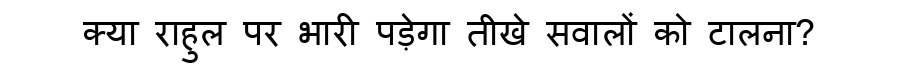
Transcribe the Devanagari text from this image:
क्या राहुल पर भारी पड़ेगा तीखे सवालों को टालना?